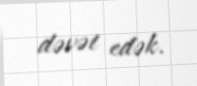
dəvət edək.